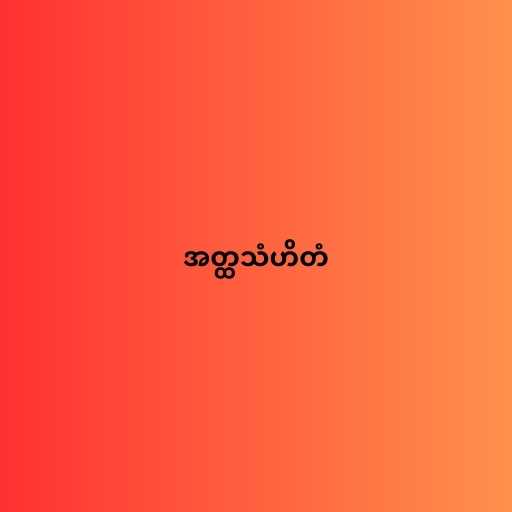
အတ္ထသံဟိတံ